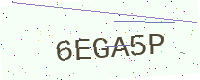
Text: 6EGA5P